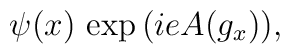
\psi(x) \, \exp{\big( ie A(g_x) \big)},